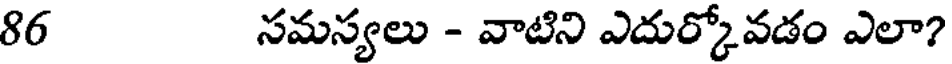
86 సమస్యలు - వాటిని ఎదుర్కోవడం ఎలా?